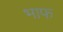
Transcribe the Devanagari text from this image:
भाफ